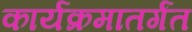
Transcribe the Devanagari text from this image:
कार्यक्रमातर्गंत